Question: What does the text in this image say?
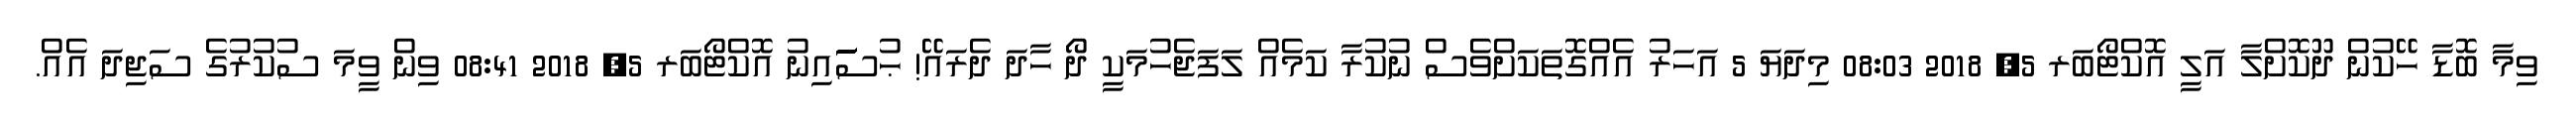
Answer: ވިމާ ބޮޑާ ހޭކުން ދޫކޮށްލާ އަލީ އޮކްޓޯބަރ 5, 2018 08:03 މިދަޔަ 5 އަހަރު އެއްގޮތަކަށްވެސް ނުކުރާ ކަމެއް ލަފަޖެހުމަކީ ދޯ ހާދަ ދެރައޭ! ޙުސަަަަަަަައިނު އޮކްޓޯބަރ 5, 2018 08:41 ވިން ވީމަ ސުކުރުގެ ސަޖިދަ އެއް.